Annual report of the Punjab Veterinary College and of the Civil Veterinary Department, Punjab - 1920-1925
Year: 1920
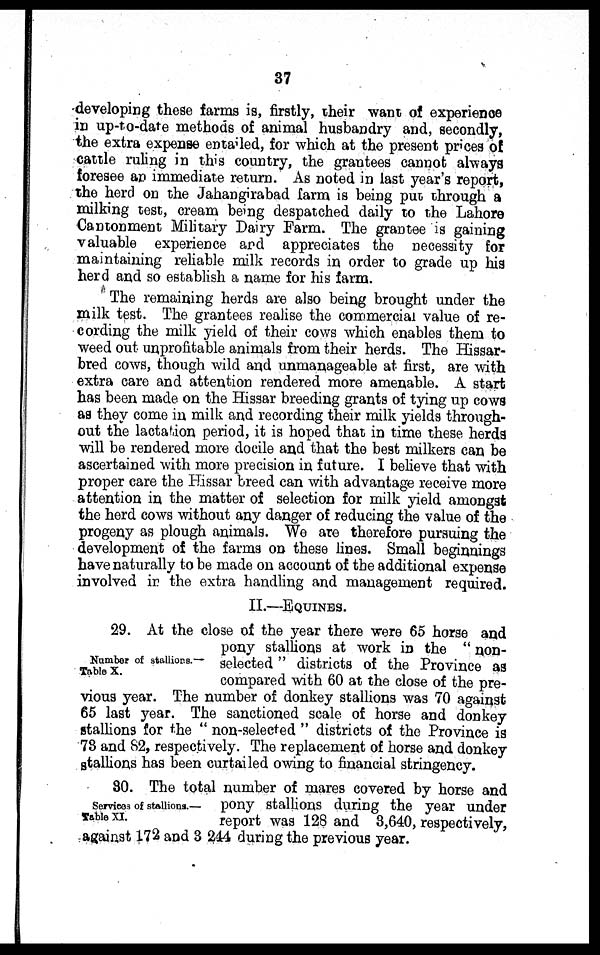
37
developing these farms is, firstly, their want of experience
in up-to-date methods of animal husbandry and, secondly,
the extra expense entailed, for which at the present prices of
cattle ruling in this country, the grantees cannot always
foresee an immediate return. As noted in last year's report,
the herd on the Jahangirabad farm is being put through a
milking test, cream being despatched daily to the Lahore
Cantonment Military Dairy Farm. The grantee is gaining
valuable experience and appreciates the necessity for
maintaining reliable milk records in order to grade up his
herd and so establish a name for his farm.
The remaining herds are also being brought under the
milk test. The grantees realise the commercial value of re-
cording the milk yield of their cows which enables them to
weed out unprofitable animals from their herds. The Hissar-
bred cows, though wild and unmanageable at first, are with
extra care and attention rendered more amenable. A start
has been made on the Hissar breeding grants of tying up cows
as they come in milk and recording their milk yields through-
out the lactation period, it is hoped that in time these herds
will be rendered more docile and that the best milkers can be
ascertained with more precision in future. I believe that with
proper care the Hissar breed can with advantage receive more
attention in the matter of selection for milk yield amongst
the herd cows without any danger of reducing the value of the
progeny as plough animals. We are therefore pursuing the
development of the farms on these lines. Small beginnings
have naturally to be made on account of the additional expense
involved in the extra handling and management required.
II.—EQUINES.
Number of stallions.—
Table X.
29. At the close of the year there were 65 horse and
pony stallions at work in the "non-
selected" districts of the Province as
compared with 60 at the close of the pre-
vious year. The number of donkey stallions was 70 against
65 last year. The sanctioned scale of horse and donkey
stallions for the "non-selected" districts of the Province is
78 and 82, respectively. The replacement of horse and donkey
stallions has been curtailed owing to financial stringency.
Services of stallions.—
Table XI.
30. The total number of mares covered by horse and
pony stallions during the year under
report was 128 and 3,640, respectively,
against 172 and 3 244 during the previous year.